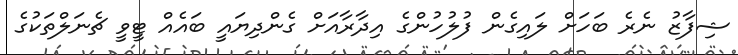
ޝިފާޒު ނެރެ ބަހަށް ލައިގެން ފުލުހުންގެ އިދާރާއަށް ގެންދިޔައީ ބައެއް ޓީވީ ޗެނަލްތަކުގެ